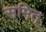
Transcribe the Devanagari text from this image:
समित्